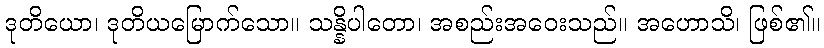
ဒုတိယော၊ ဒုတိယမြောက်သော။ သန္နိပါတော၊ အစည်းအဝေးသည်။ အဟောသိ၊ ဖြစ်၏။